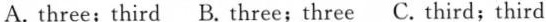
A. three; third B. Three; three C. Third; third